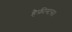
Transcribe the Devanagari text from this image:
हैफ़ीस्टस।